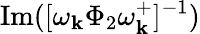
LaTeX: \operatorname{Im}([\omega_{\mathbf{k}}\Phi_{2}\omega_{\mathbf{k}}^{+}]^{-1})